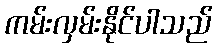
ကမ်းလှမ်းနိုင်ပါသည်